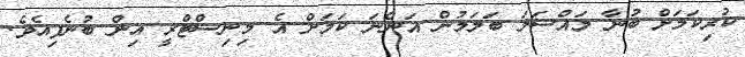
ކުރިކަމަށް ބުނާ މައްސަލަ ބަލަމުން އަންނަ ކަމަށް އެ މިނިސްޓްރީ އިން ބުނެފިއެވެ.